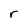
Character: r